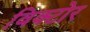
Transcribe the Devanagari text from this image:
विक्टोर